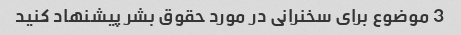
3 موضوع برای سخنرانی در مورد حقوق بشر پیشنهاد کنید